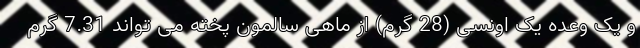
و یک وعده یک اونسی (28 گرم) از ماهی سالمون پخته می تواند 7.31 گرم